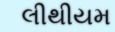
લીથીયમ